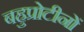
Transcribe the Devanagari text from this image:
बहुप्रोटीनों